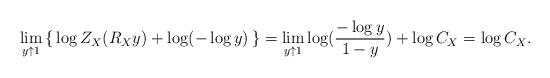
LaTeX: \begin{align*}\lim_{y\uparrow 1} \left\{\,\log Z_X(R_Xy)+\log(-\log y)\,\right\}=\lim_{y\uparrow 1}\log (\dfrac{-\log y}{1-y})+\log C_X=\log C_X.\end{align*}